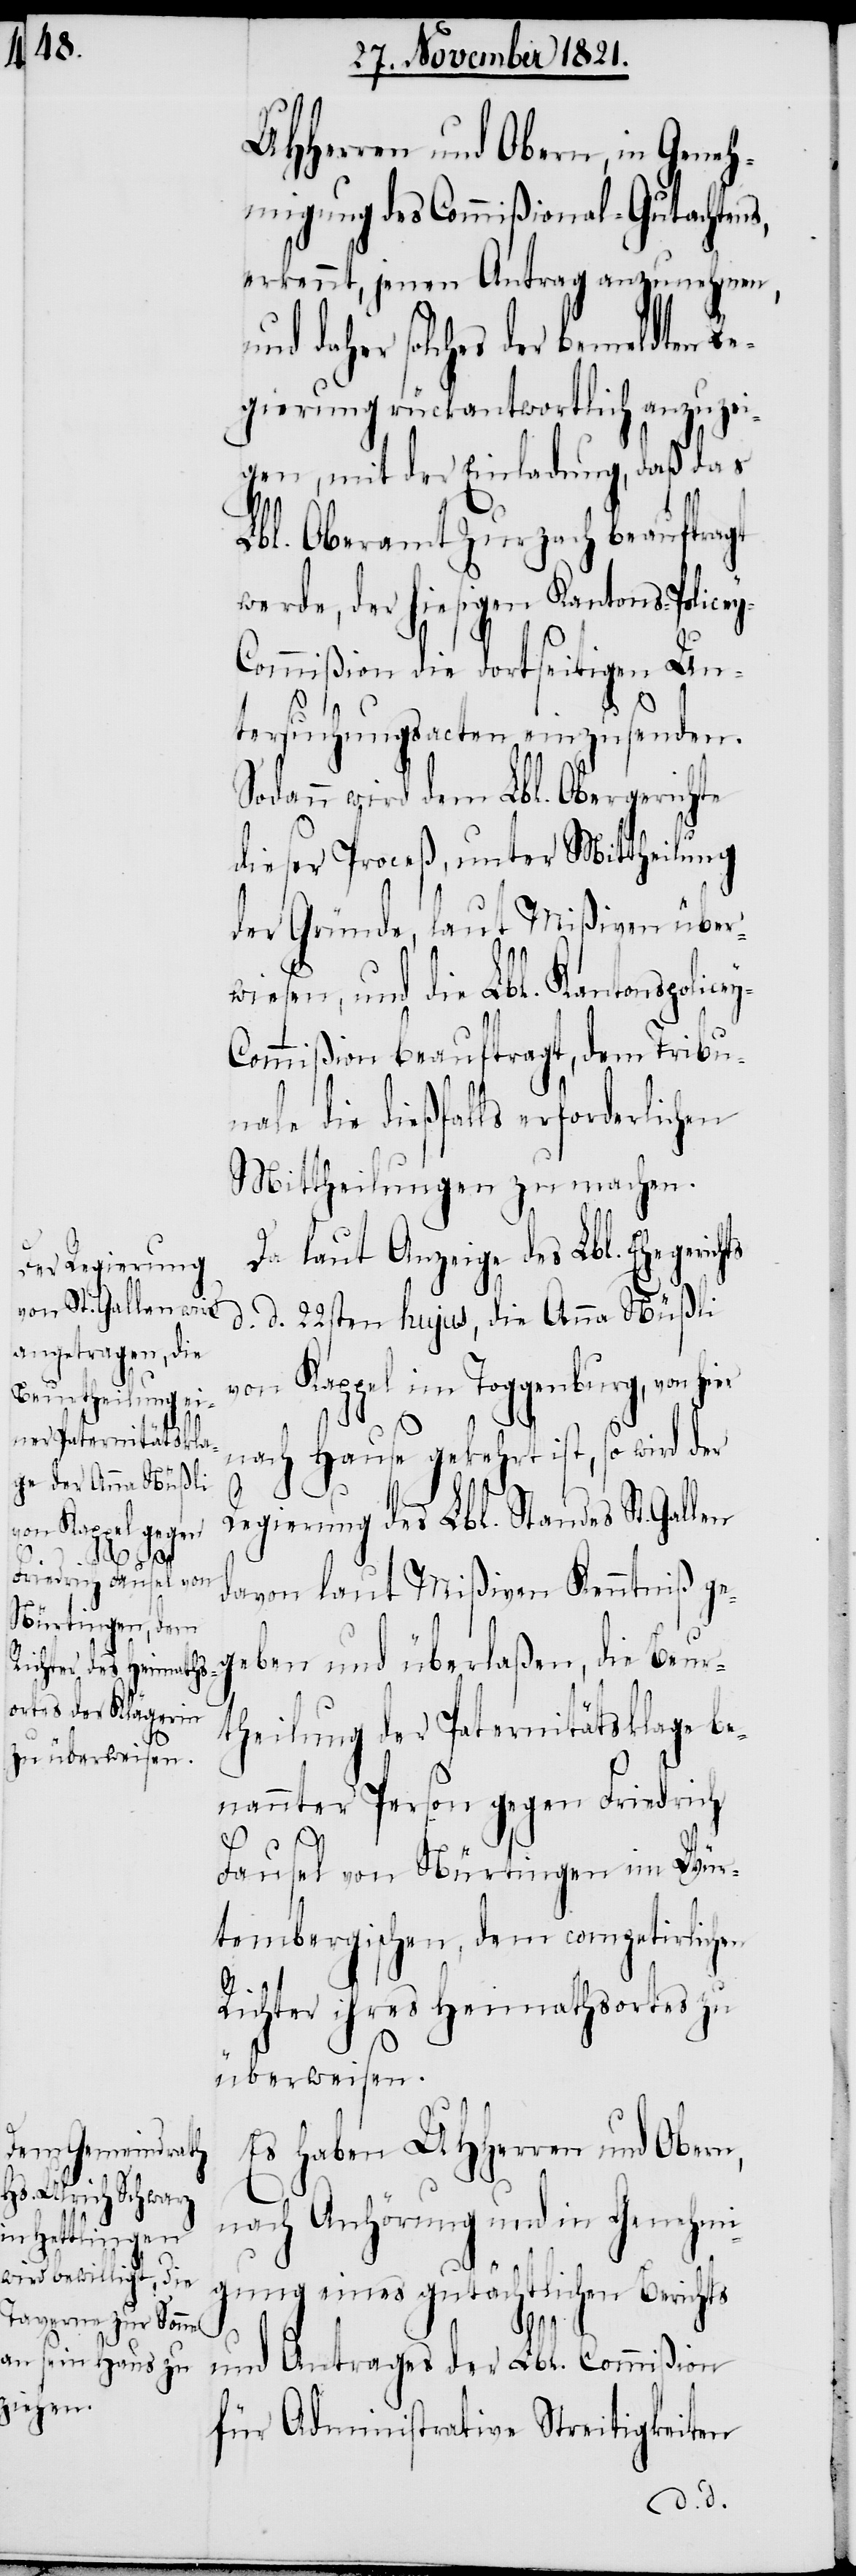
y-C¬
ts

UHHerren und Obern, in Geneh¬
migung des Commißional-Gutachtens,
erkennt, jenen Antrag anzunehmen,
daher solches der bemeldten R¬
egierung rückantwortlich anzuzei¬
gen, mit der Einladung, daß das
Lbl. Oberamt Zurzach beauftragt
werde, der hiesigen Kantons-Police¬
y-Commißion die dortseitigen Un¬
tersuchungsacten einzusenden.
Sodann wird dem Lbl. Obergerichte
dieser Proceß, unter Mittheilung
der Gründe, laut Mißiven über¬
wiesen, und die Lbl. Kantonspolice¬
ommißion beauftragt, dem Tribun¬
ale die dießfalls erforderlichen
Mittheilungen zu machen.
Da laut Anzeige des Lbl. Ehegerich¬
d. d. 22sten hujus, die Anna Nüßli
von Kappel im Toggenburg, von hier
nach Hause gekehrt ist, so wird der
Regierung des Lbl. Standes St. Gallen
davon laut Mißiven Kenntniß ge¬
geben und überlaßen, die Beur¬
theilung der Paternitätsklage be¬
nannter Person gegen Friedrich
Fausel von Nürtingen im Wür¬
tembergischen, dem competirlichen
Richter ihres Heimathsortes zu
überweisen.
Es haben UHHerren und Obern,
nach Anhörung und in Genehmi¬
gung eines gutächtlichen Berichts
und Antrages der Lbl. Commißion
für Administrative Streitigkeiten